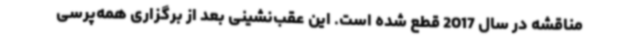
مناقشه در سال 2017 قطع شده است. این عقب‌نشینی بعد از برگزاری همه‌پرسی